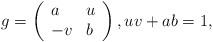
LaTeX: \begin{align*}g=\left (\begin{array}{ll}a & u\\-v & b \end{array}\right ), uv+ab=1,\end{align*}